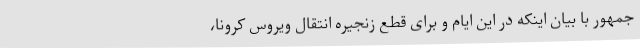
جمهور با بیان اینکه در این ایام و برای قطع زنجیره انتقال ویروس کرونا،